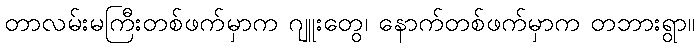
တာလမ်းမကြီးတစ်ဖက်မှာက ဂျူးတွေ၊ နောက်တစ်ဖက်မှာက တဘားရွာ။